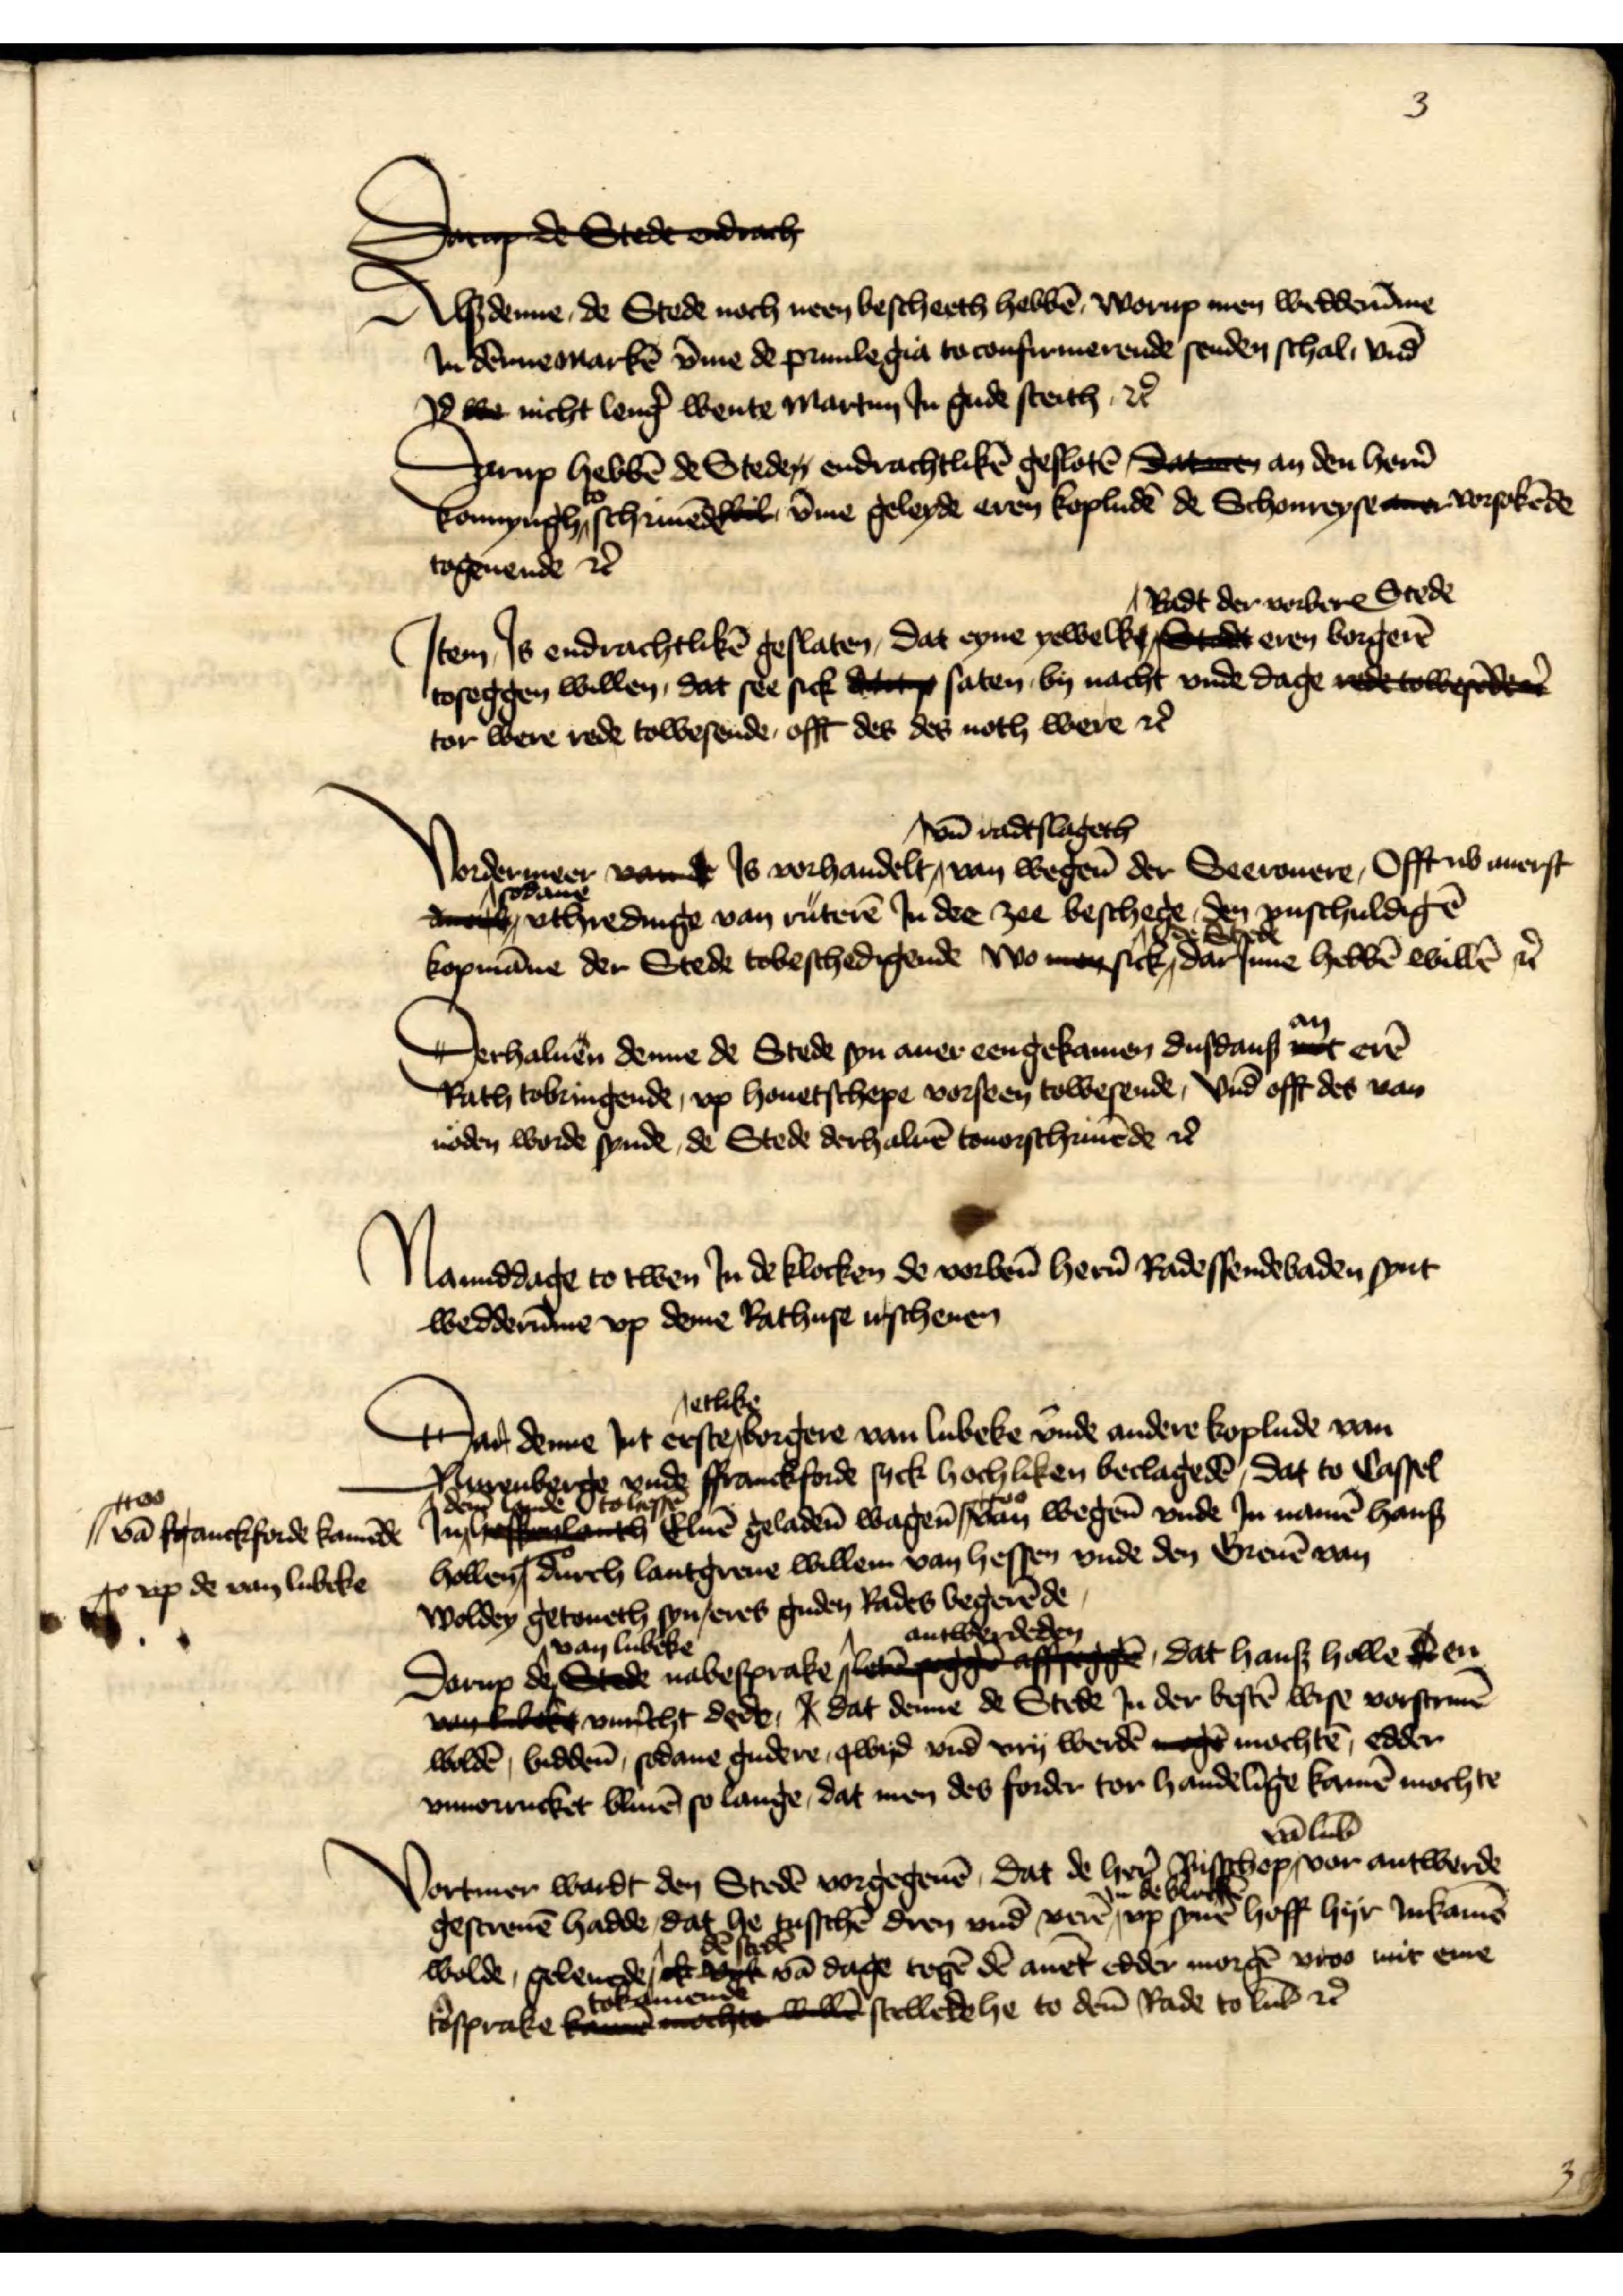
3

Serde Sededakt
Alßdenne, de Stede noch neen bescheeth hebbē Worup men wedderv̄me
Jn Dennemarkē v̄me de priuilegia to confirmerende senden schal, vnd
Jd we nicht leng̉ wente Martim Jn gude steith et̉
Darup hebbē de Steden endrachtlikē geslotē dataen an den her̉n
konyngh to schriuēde wil v̄me geleyde eren kopludē de Schonreyse tee vorsokēde
togeuende et̉

Jtem, Js endrachtlikē geslaten, dat eyne yewelken Radt der vorberꝬ Stede eren Borger̉
toseggen willen, dat see sick da so saten by nacht vnde dage rede towesender
tor were rede towesende, offt des des noth were et̉

Vorderneer vad Js vorhandelt vn̄ radtslageth van wegen̄ der Seerouere, Offt ub auerst
sodane vthredine van ruterē Jn dee zee beschege, den vnschuldigē
kopmāne der Stede tobeschedigende wo man sick de Stede darJnne hebbē willē et̉

Derhaluen denne de Stede syn auer eengekamen dusdans an erē
Rath tobringende, vp houetschepe vorseen towesende, vnd offt des van
noden worde synde, de Stede derhaluē touorschriuēde et̉

Namiddage to twen Jn de klocken de vorben̄ her̉n Radessendebaden synt
wedderūme vp deme Rathuse irschenen

Dar denne Jnt erste etlike borgere van Lubeke vnde andere koplude van
Nurenberge vnde Ffranckforde syck hochliken beclagedē, dat to Cassel
Jn dem lande to Hessē Eluē geladen̄ wagen̄
vā Franckforde komēde
van wegen vnde Jn namē Hans
Hollen 
vp de van Lubeke
durch lantgreue willen van Hessen vnde den Greuē van
Moldey getoueth syn| eres guden Rades begerēde
Darup de van Lubeke nabesprake antwerdeden affggen, dat Hans Holled de en
vct vrcht vnrecht dede, I dat denne de Stede Jn der bestē wise vorscreuē
woldē, biddē, sodane gudere, gwyd vnd vry werden moge mochtē, edder
vnvorrucket bliuē so lange, dat men des forder tor handelīge kamē mochte

Vortmer wardt den Stedē vorgegeuē, dat de her̉ Bisschop vā Lub̄ vor antwerde
gescreuē hadde, dat he tusschē dren vnd verē Jn de klockē vp synē hoff hyr Jnkamē
wolde, geleuede, dē stedē vā dage tegē dē auēt edder morgē vros mit ene
tosprake tokamende ocht bb stellede he to dem̄ Rade to Lub̄ et̉